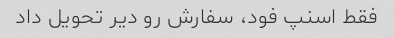
فقط اسنپ فود، سفارش رو دیر تحویل داد